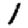
Digit: 1